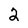
Character: 2